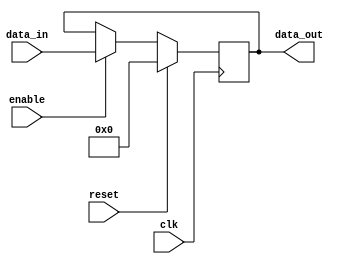
module sequential_logic (
    input wire clk,          // Clock input
    input wire reset,        // Synchronous reset input
    input wire enable,       // Enable signal
    input wire [7:0] data_in,// Input data
    output reg [7:0] data_out // Output data
);

// Initial condition for data_out
initial begin
    data_out = 8'b0; // Initialize output to zero
end

// Always block sensitive to the positive edge of the clock
always @(posedge clk) begin
    if (reset) begin
        // Synchronous reset: set output to zero
        data_out <= 8'b0;
    end else if (enable) begin
        // Update output with input data when enabled
        data_out <= data_in;
    end
    // If not reset and not enabled, retain the current state
end

endmodule